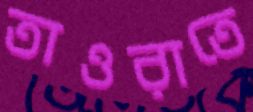
তাওরাতে